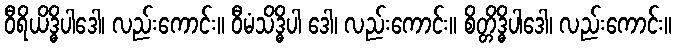
ဝီရိယိဒ္ဓိပါဒေါ၊ လည်းကောင်း။ ဝီမံသိဒ္ဓိပါ ဒေါ၊ လည်းကောင်း။ စိတ္တိဒ္ဓိပါဒေါ၊ လည်းကောင်း။